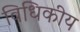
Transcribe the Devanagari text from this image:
विधिकीय